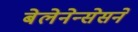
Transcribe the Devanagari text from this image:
बेलेनेन्सेसने